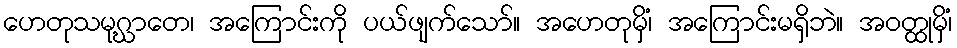
ဟေတုသမုဂ္ဃာတေ၊ အကြောင်းကို ပယ်ဖျက်သော်။ အဟေတုမှိံ၊ အကြောင်းမရှိဘဲ။ အဝတ္ထုမှိံ၊